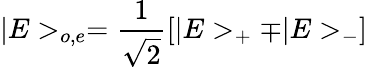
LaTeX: |E>_{o,e}=\frac{1}{\sqrt 2}[|E>_{+}\mp|E>_{-}]